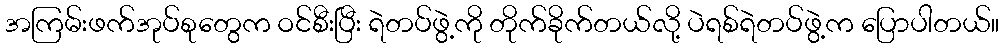
အကြမ်းဖက်အုပ်စုတွေက ဝင်စီးပြီး ရဲတပ်ဖွဲ့ကို တိုက်ခိုက်တယ်လို့ ပဲရစ်ရဲတပ်ဖွဲ့က ပြောပါတယ်။